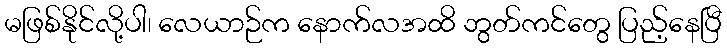
မဖြစ်နိုင်လို့ပါ၊ လေယာဉ်က နောက်လအထိ ဘွတ်ကင်တွေ ပြည့်နေပြီ